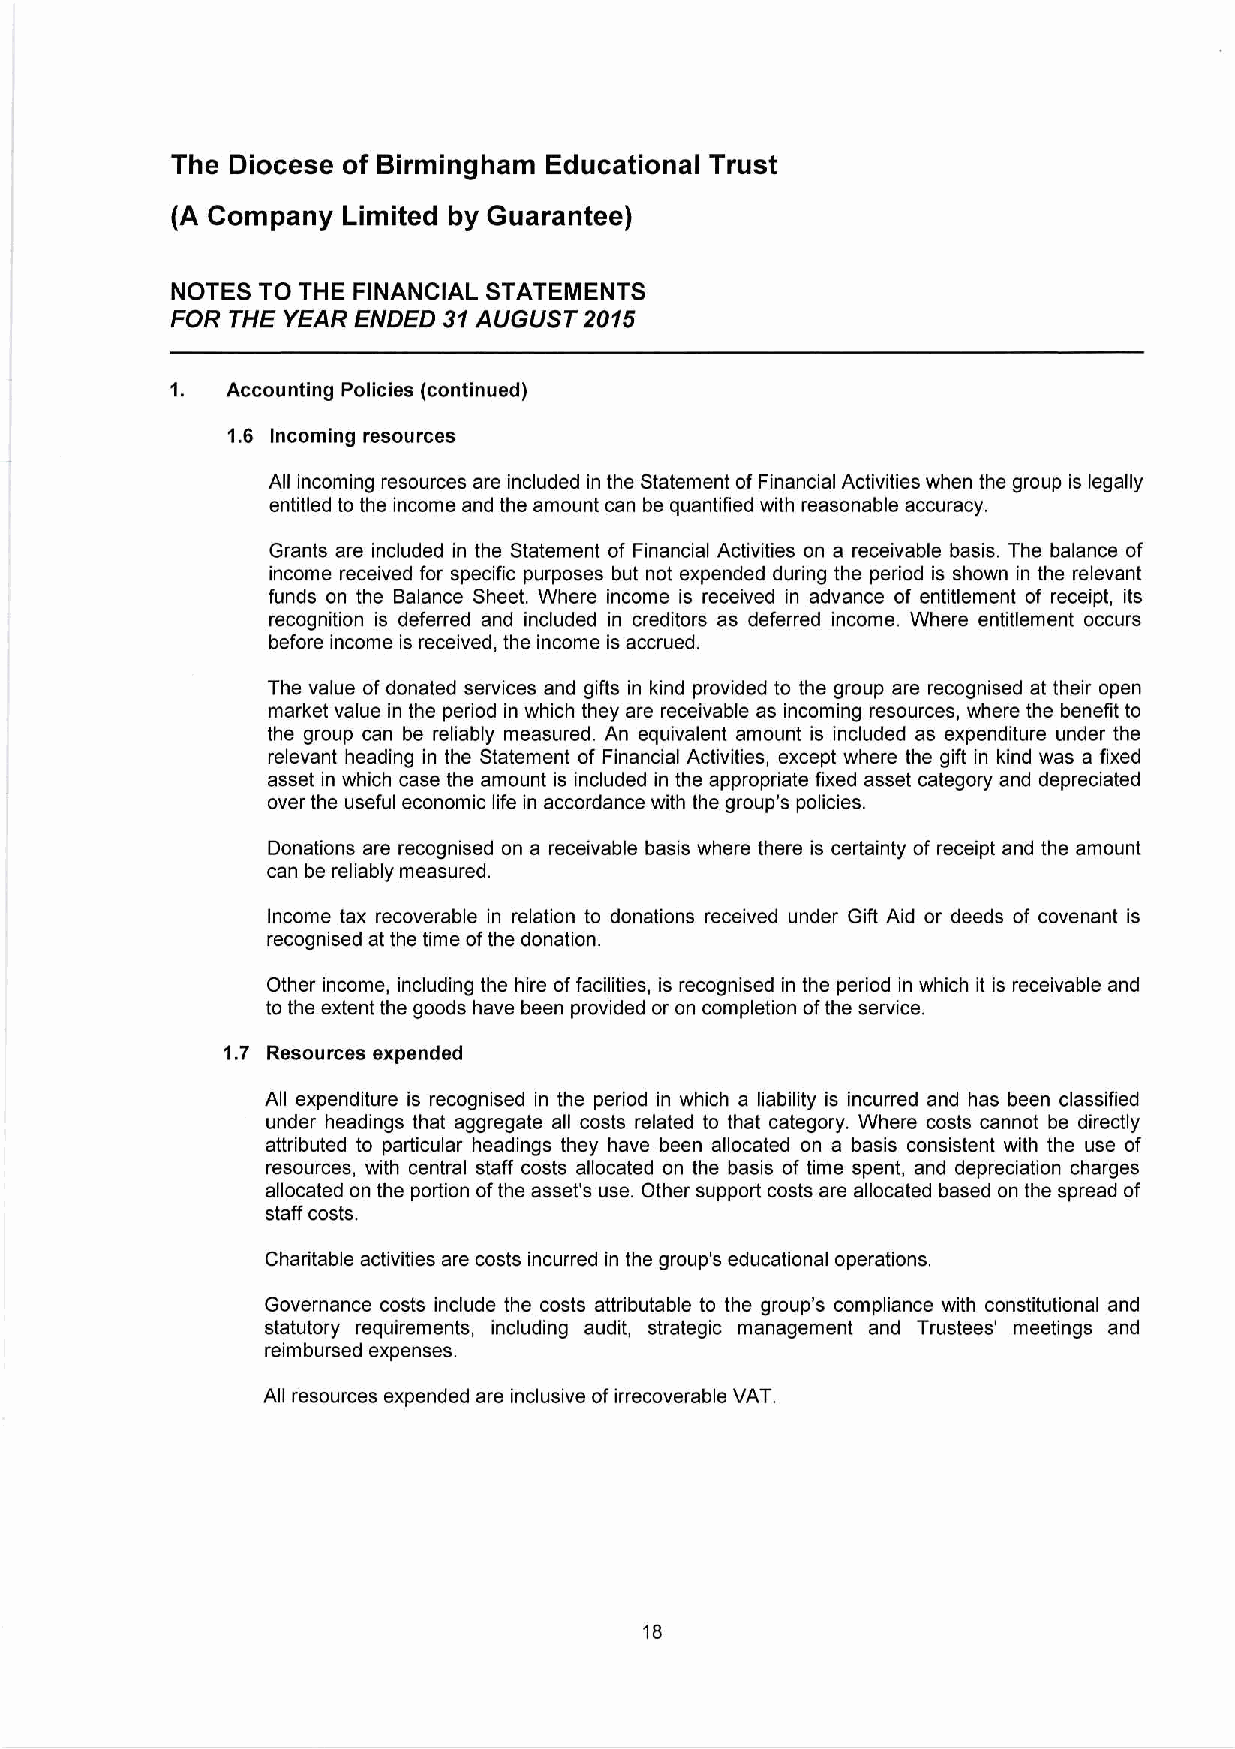
The Diocese of Birmingham Educational Trust
 (A Company  Limited by Guarantee)
 NOTES TO THE FINANCIAL STATEMENTS
 FOR THE YEAR ENDED 31 AUGUST 2015
 1.  Accounting Policies (continued)
 1.6 Incoming resources
 All incoming resources are included in the Statement of Financial Activities when the group is legally
 entitled to the income and the amount can be quantified with reasonable accuracy.
 Grants are included in the Statement of Financial Activities on a receivable basis. The balance of
 income received for specific purposes but not expended during the period is shown in the relevant
 funds on the Balance Sheet. Where income is received in advance of entitlement of receipt, its
 recognition is deferred and included in creditors as deferred income. Where entitlement occurs
 before income is received, the income is accrued.
 The value of donated services and gifts in kind provided to the group are recognised at their open
 market value in the period in which they are receivable as incoming resources, where the benefit to
 the group can be reliably measured. An equivalent amount is included as expenditure under the
 relevant heading in the Statement of Financial Activities, except where the gift in kind was a fixed
 asset in which case the amount is included in the appropriate fixed asset category and depreciated
 over the useful economic life in accordance with the group’s policies.
 Donations are recognised on a receivable basis where there is certainty of receipt and the amount
 can be reliably measured.
 Income tax recoverable in relation to donations received under Gift Aid or deeds of covenant is
 recognised at the time of the donation.
 Other income, including the hire of facilities, is recognised in the period in which it is receivable and
 to the extent the goods have been provided or on completion of the service.
 1.7 Resources expended
 All expenditure is recognised in the period in which a liability is incurred and has been classified
 under headings that aggregate all costs related to that category. Where costs cannot be directly
 attributed to particular headings they have been allocated on a basis consistent with the use of
 resources, with central staff costs allocated on the basis of time spent, and depreciation charges
 allocated on the portion of the asset's use. Other support costs are allocated based on the spread of
 staff costs.
 Charitable activities are costs incurred in the group's educational operations.
 Governance costs include the costs attributable to the group’s compliance with constitutional and
 statutory requirements, including audit, strategic management and Trustees' meetings and
 reimbursed expenses.
 All resources expended are inclusive of irrecoverable VAT.
 18